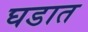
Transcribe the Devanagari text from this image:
घडात